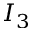
I _ { 3 }